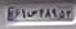
۶۱س۴۸۹۵۳